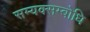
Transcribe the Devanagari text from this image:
सम्यक्सम्बोधि